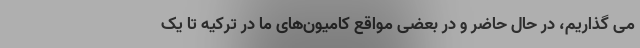
می گذاریم، در حال حاضر و در بعضی مواقع کامیون‌های ما در ترکیه تا یک